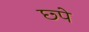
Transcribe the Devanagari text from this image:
छ्पे